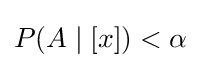
\textstyle P(A\mid [x])<\alpha